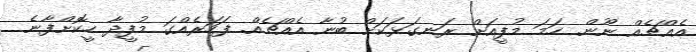
އެއްޗެއް ނޫން. ހަމަ މުފީއަށް ރަނގަޅަކަށް ބުނާ އެއްޗެއް. ފަހަރެއްގަ މުފީދާ ހީކޮށްފާނެ